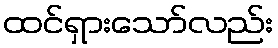
ထင်ရှားသော်လည်း